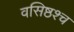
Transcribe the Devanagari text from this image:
वसिष्ठश्च